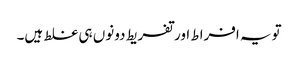
تویہ افراط اور تفریط دونوں ہی غلط ہیں۔